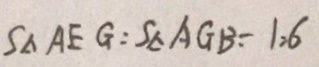
S _ { \Delta } A E G : S _ { \Delta } A G B = 1 : 6